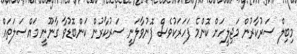
މިބިލް ސަރުކާރުން މަޖިލީހަށް ކޮންމެ ފަހަރަކުވެސް ފޮނުވާލަނީ ސަރުކާރުން ކަންބޮޑުވާ ގާނޫނީ މައްސަލަތައް